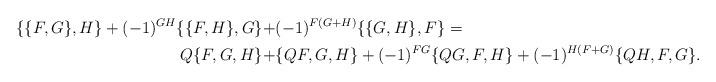
LaTeX: \begin{align*} \{\{F,G\},H\} + (-1)^{GH}\{\{F,H\},G\}+ & (-1)^{F(G+H)}\{\{G,H\},F\} =\\ Q\{F,G,H\} + & \{QF,G,H\}+(-1)^{FG}\{QG,F,H\}+(-1)^{H(F+G)}\{QH,F,G\}.\end{align*}